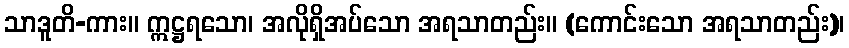
သာဒူတိ-ကား။ ဣဋ္ဌရသော၊ အလိုရှိအပ်သော အရသာတည်း။ (ကောင်းသော အရသာတည်း)၊